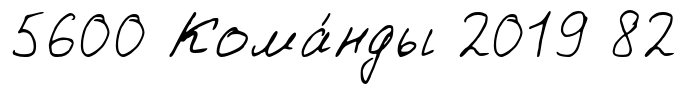
5600 Кома́нды 2019 82